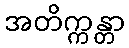
အတိက္ကန္တာ